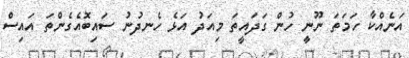
އަނެއްކާ ހަމަތަ ނޫނީ ހުން ގަދައީތަ މިއަދު އަޅެ ހެނދުނު ސައިބޮއެގެންތަ އައިސް